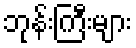
ဘုန်းကြီးများ